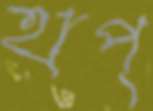
হাপ্